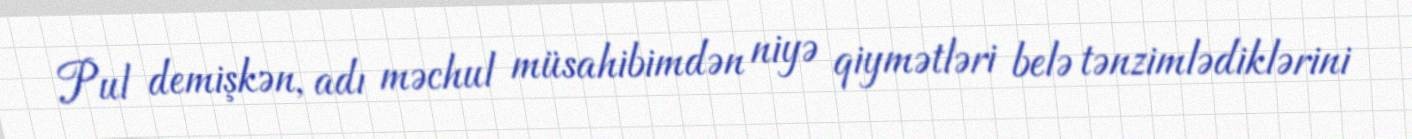
Pul demişkən, adı məchul müsahibimdən niyə qiymətləri belə tənzimlədiklərini